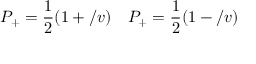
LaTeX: P _ { + } = \frac { 1 } { 2 } ( 1 + \slash { v } ) \quad P _ { + } = \frac { 1 } { 2 } ( 1 - \slash { v } )